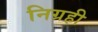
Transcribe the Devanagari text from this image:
निग्रही